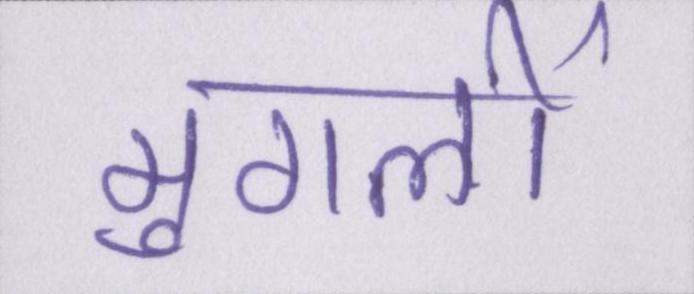
मुगलों